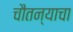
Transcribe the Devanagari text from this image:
चौतन्याचा